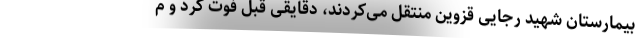
بیمارستان شهید رجایی قزوین منتقل می‌کردند، دقایقی قبل فوت کرد و م